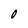
Character: O